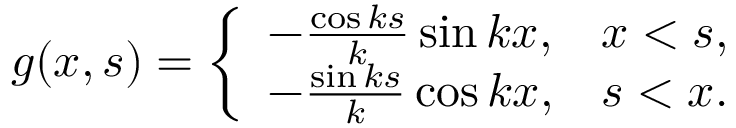
g ( x , s ) = { \left\{ \begin{array} { l l } { - { \frac { \cos k s } { k } } \sin k x , } & { x < s , } \\ { - { \frac { \sin k s } { k } } \cos k x , } & { s < x . } \end{array} \right. }